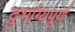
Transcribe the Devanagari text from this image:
दुर्भाग्‍यपूर्ण